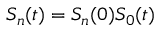
S _ { n } ( t ) = S _ { n } ( 0 ) S _ { 0 } ( t )